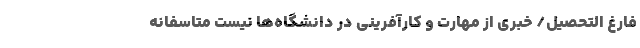
فارغ التحصیل/ خبری از مهارت و کارآفرینی در دانشگاه‌ها نیست متاسفانه